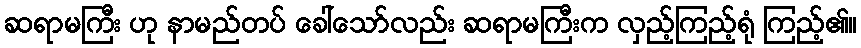
ဆရာမကြီး ဟု နာမည်တပ် ခေါ်သော်လည်း ဆရာမကြီးက လှည့်ကြည့်ရုံ ကြည့်၏။